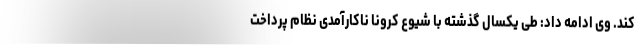
کند. وی ادامه داد: طی یکسال گذشته با شیوع کرونا ناکارآمدی نظام پرداخت